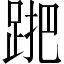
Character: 𨁩